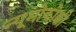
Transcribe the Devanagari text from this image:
न्यूमोकोक्की